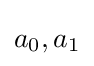
a_{0},a_{1}